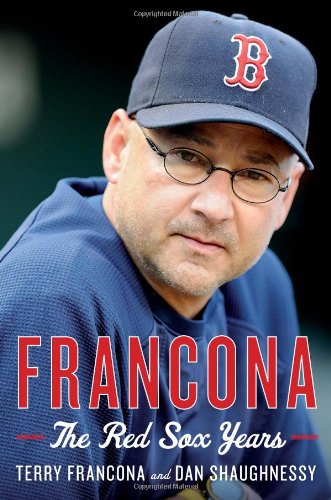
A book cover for Francona: The Red Sox Years; Terry Francona; Biographies & Memoirs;